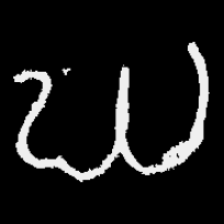
Pyu character \u2014 Myanmar letter: ဃ (romanized: gha)